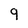
Character: 9